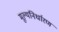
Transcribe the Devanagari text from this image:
मूल्यनिर्धारण